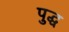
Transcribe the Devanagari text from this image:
पुद्ध